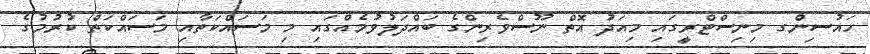
ހައުސިންގ މިނިސްޓްރީގައި މިއަދު އޮތް ނޫސްވެރިންގެ ބައްދަލުވުމެއްގައި މި މަސައްކަތާއި މަސައްކަތް ކުރުމުގެ